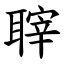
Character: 䏁